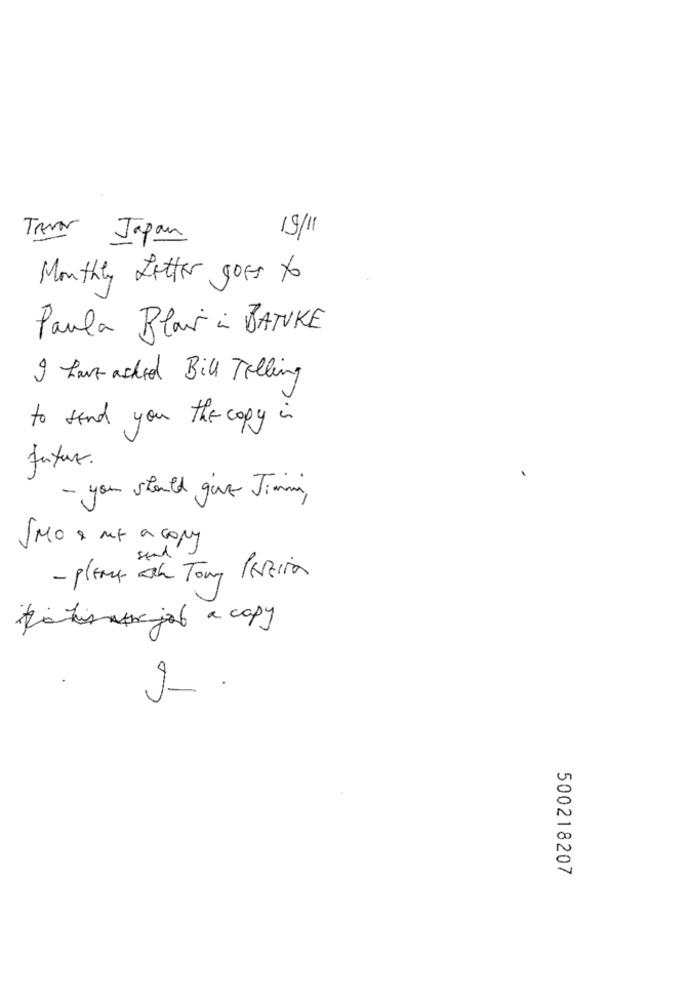
Trevor Japan
19/11
Monthly Letter goss to
Paula Blair i BATUKE
I have asked Bill Telling
to send you the copy in
futur.
- you should give Jimmi,
IMO & me a copy
send
- planck ah Tomy Pereira
thatis the job a copy
Co
500218207